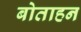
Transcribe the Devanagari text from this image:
बोताहन